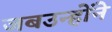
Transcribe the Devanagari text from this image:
जबउन्होंने